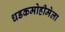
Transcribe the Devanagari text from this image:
धडकमोहीमेला